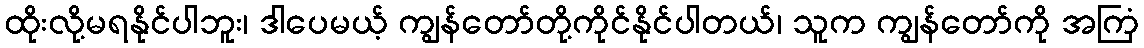
ထိုးလို့မရနိုင်ပါဘူး၊ ဒါပေမယ့် ကျွန်တော်တို့ကိုင်နိုင်ပါတယ်၊ သူက ကျွန်တော်ကို အကြံ